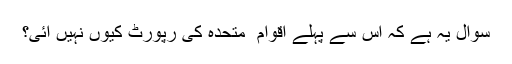
سوال یہ ہے کہ اس سے پہلے اقوام ِ متحدہ کی رپورٹ کیوں نہیں آئی؟